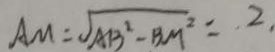
A M = \sqrt { A B ^ { 2 } - B M ^ { 2 } } = 2 .